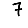
Digit: 7